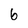
Character: 6